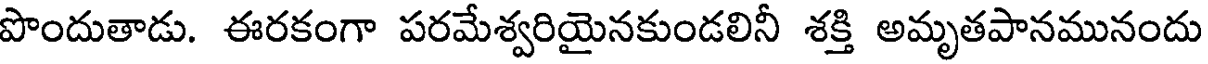
పొందుతాడు. ఈరకంగా పరమేశ్వరియైనకుండలినీ శక్తి అమృతపానమునందు